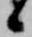
候